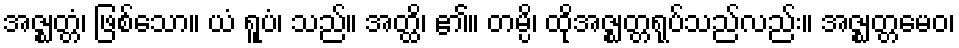
အဇ္ဈတ္တံ၊ ဖြစ်သော။ ယံ ရူပံ၊ သည်။ အတ္ထိ၊ ၏။ တမ္ပိ၊ ထိုအဇ္ဈတ္တရုပ်သည်လည်း။ အဇ္ဈတ္တမေဝ၊